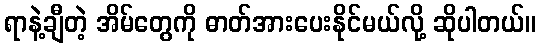
ရာနဲ့ချီတဲ့ အိမ်တွေကို ဓာတ်အားပေးနိုင်မယ်လို့ ဆိုပါတယ်။